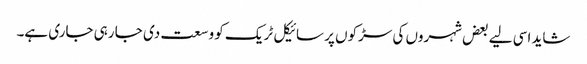
شاید اسی لیے بعض شہروں کی سڑکوں پر سائیکل ٹریک کو وسعت دی جا رہی جاری ہے۔